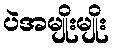
ပဲအမျိုးမျိုး